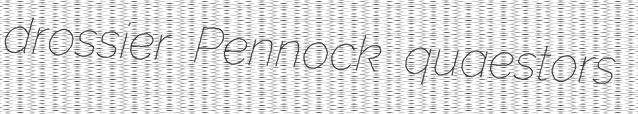
drossier Pennock quaestors